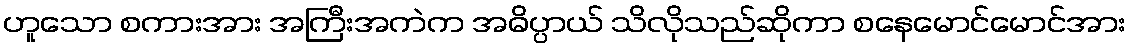
ဟူသော စကားအား အကြီးအကဲက အဓိပ္ပာယ် သိလိုသည်ဆိုကာ စနေမောင်မောင်အား